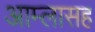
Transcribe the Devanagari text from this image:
आम्लासह